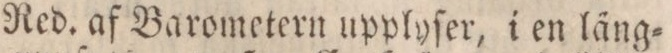
Red. af Barometern upplyſer, i en läng=